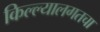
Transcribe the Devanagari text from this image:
किल्ल्यालगतचा